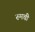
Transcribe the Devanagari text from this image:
रुमची